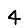
Digit: 4